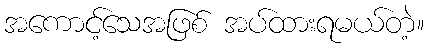
အကောင့်သေအဖြစ် အပ်ထားရမယ်တဲ့။